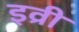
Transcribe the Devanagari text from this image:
इव्री